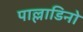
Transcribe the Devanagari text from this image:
पाल्लाडिनो